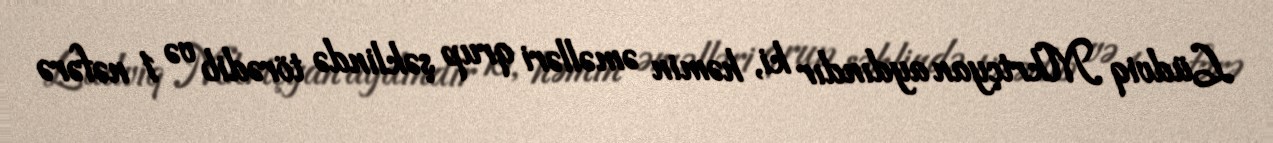
Lüdviq Mkrtçyan aydındır ki, həmin əməlləri qrup şəklində törədib və 1 nəfərə